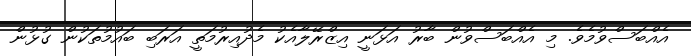
އެއްބަސްވުމެވެ. މި އެއްބަސްވުން ބާރު އަޅަނީ އިޒްރޭލާއެކު މެދުއިރުމަތީ އަރަބި ބައުމުތަކުން ގުޅުން